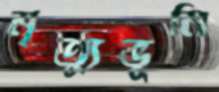
মৃত্যুভূমি